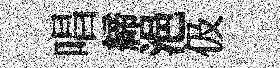
唱締浥伋